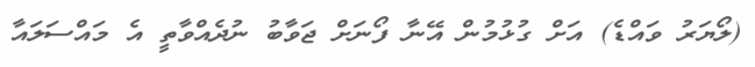
(ލޯޔަރު ވައްޑެ) އަށް ގުޅުމުން އޭނާ ފޯނަށް ޖަވާބު ނުދެއްވާތީ އެ މައްސަލައާ